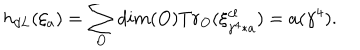
h _ { d L } ( \xi _ { a } ) = \sum _ { O } d i m ( O ) T r _ { O } ( \xi _ { \gamma ^ { 4 } * a } ^ { c l } ) = a ( \gamma ^ { 4 } ) .